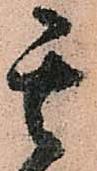
其